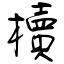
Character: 櫝